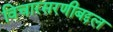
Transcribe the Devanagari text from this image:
विचारसरणीबद्दल